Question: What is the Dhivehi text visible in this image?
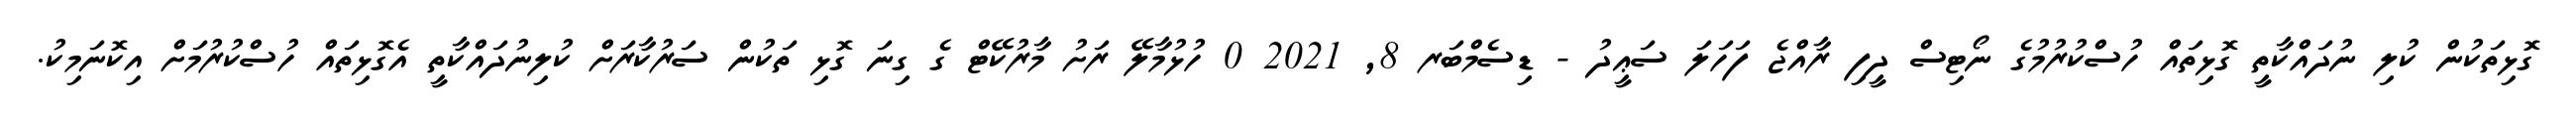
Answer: ގޮޅިތަކުން ކުލި ނުދައްކާތީ ގޮޅިތައް ހުސްކުރުމުގެ ނޯޓިސް ދީފި ރާއްޖެ ފަހަލަ ސަޢީދު - ޑިސެމްބަރ 8, 2021 0 ހުޅުމާލޭ ރަށު މާރުކޭޓް ގެ ގިނަ ގޮޅި ތަކުން ސަރުކާރަށް ކުލިނުދައްކާތީ އެގޮޅިތައް ހުސްކުރުމަށް އިކޮނަމިކު.